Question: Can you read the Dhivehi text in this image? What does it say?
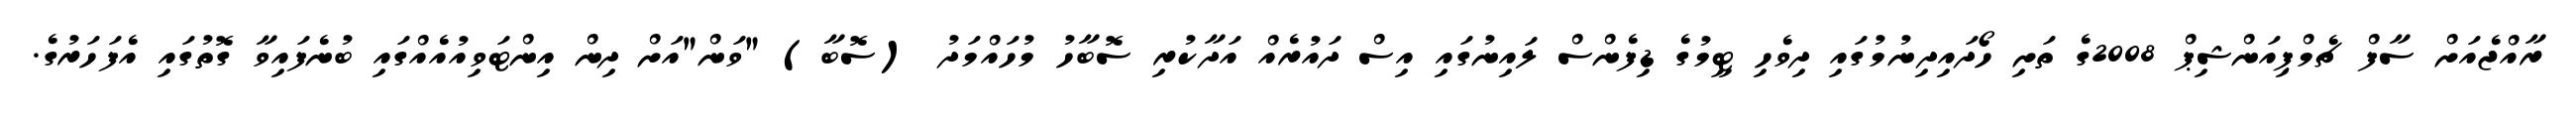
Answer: ރާއްޖެއަށް ސާފް ޗެމްޕިއަންޝިޕް 2008ގެ ތަށި ހޯދައިދިނުމުގައި ދިވެހި ޓީމުގެ ޑިފެންސް ލައިނުގައި އިސް ދައުރެއް އަދާކުރި ސޮބާހު މުހައްމަދު (ސޮބާ) "ވަން"އަށް ދިން އިންޓަވިއުއެއްގައި ބުނެފައިވާ ގޮތުގައި އެފަހަރުގެ.